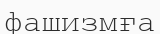
фашизмға